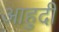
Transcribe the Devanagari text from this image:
आहुदी